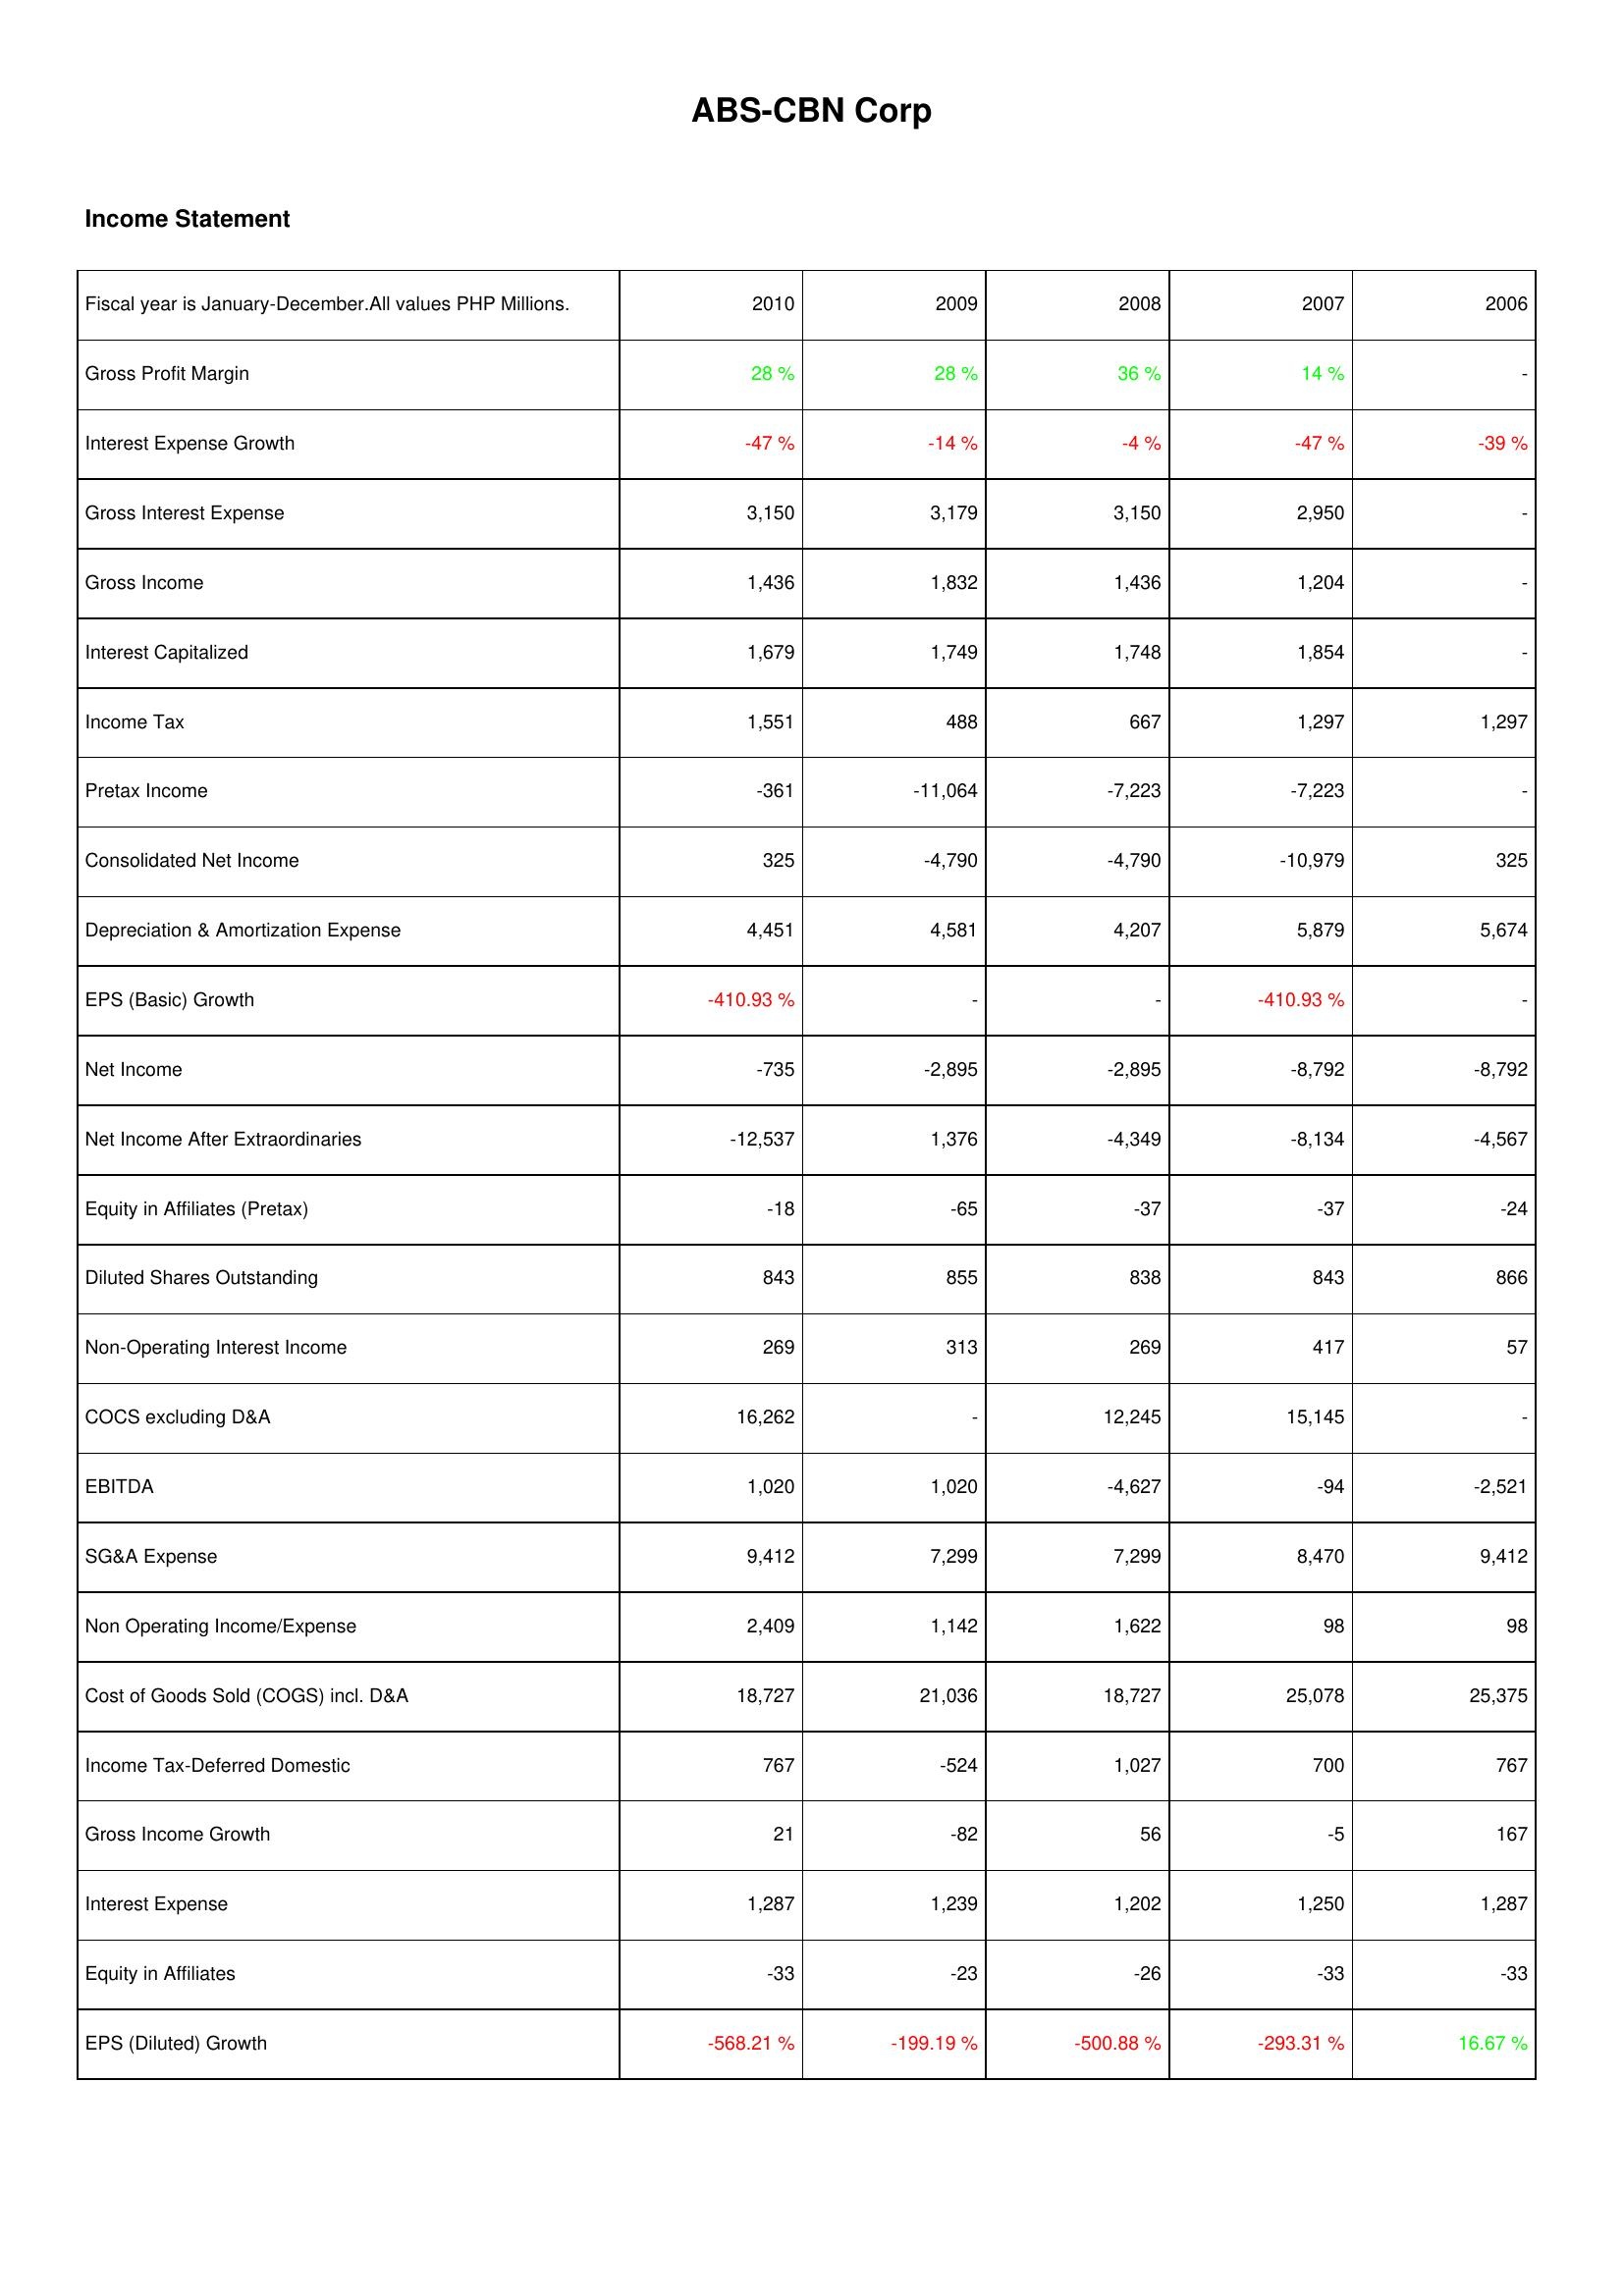
2010: Income Statement: Gross Profit Margin: 28 %
Interest Expense Growth: -47 %
Gross Interest Expense: 3,150
Gross Income: 1,436
Interest Capitalized: 1,679
Income Tax: 1,551
Pretax Income: -361
Consolidated Net Income: 325
Depreciation & Amortization Expense: 4,451
EPS (Basic) Growth: -410.93 %
Net Income: -735
Net Income After Extraordinaries: -12,537
Equity in Affiliates (Pretax): -18
Diluted Shares Outstanding: 843
Non-Operating Interest Income: 269
COCS excluding D&A: 16,262
EBITDA: 1,020
SG&A Expense: 9,412
Non Operating Income/Expense: 2,409
Cost of Goods Sold (COGS) incl. D&A: 18,727
Income Tax-Deferred Domestic: 767
Gross Income Growth: 21
Interest Expense: 1,287
Equity in Affiliates: -33
EPS (Diluted) Growth: -568.21 %
2009: Income Statement: Gross Profit Margin: 28 %
Interest Expense Growth: -14 %
Gross Interest Expense: 3,179
Gross Income: 1,832
Interest Capitalized: 1,749
Income Tax: 488
Pretax Income: -11,064
Consolidated Net Income: -4,790
Depreciation & Amortization Expense: 4,581
EPS (Basic) Growth: -
Net Income: -2,895
Net Income After Extraordinaries: 1,376
Equity in Affiliates (Pretax): -65
Diluted Shares Outstanding: 855
Non-Operating Interest Income: 313
COCS excluding D&A: -
EBITDA: 1,020
SG&A Expense: 7,299
Non Operating Income/Expense: 1,142
Cost of Goods Sold (COGS) incl. D&A: 21,036
Income Tax-Deferred Domestic: -524
Gross Income Growth: -82
Interest Expense: 1,239
Equity in Affiliates: -23
EPS (Diluted) Growth: -199.19 %
2008: Income Statement: Gross Profit Margin: 36 %
Interest Expense Growth: -4 %
Gross Interest Expense: 3,150
Gross Income: 1,436
Interest Capitalized: 1,748
Income Tax: 667
Pretax Income: -7,223
Consolidated Net Income: -4,790
Depreciation & Amortization Expense: 4,207
EPS (Basic) Growth: -
Net Income: -2,895
Net Income After Extraordinaries: -4,349
Equity in Affiliates (Pretax): -37
Diluted Shares Outstanding: 838
Non-Operating Interest Income: 269
COCS excluding D&A: 12,245
EBITDA: -4,627
SG&A Expense: 7,299
Non Operating Income/Expense: 1,622
Cost of Goods Sold (COGS) incl. D&A: 18,727
Income Tax-Deferred Domestic: 1,027
Gross Income Growth: 56
Interest Expense: 1,202
Equity in Affiliates: -26
EPS (Diluted) Growth: -500.88 %
2007: Income Statement: Gross Profit Margin: 14 %
Interest Expense Growth: -47 %
Gross Interest Expense: 2,950
Gross Income: 1,204
Interest Capitalized: 1,854
Income Tax: 1,297
Pretax Income: -7,223
Consolidated Net Income: -10,979
Depreciation & Amortization Expense: 5,879
EPS (Basic) Growth: -410.93 %
Net Income: -8,792
Net Income After Extraordinaries: -8,134
Equity in Affiliates (Pretax): -37
Diluted Shares Outstanding: 843
Non-Operating Interest Income: 417
COCS excluding D&A: 15,145
EBITDA: -94
SG&A Expense: 8,470
Non Operating Income/Expense: 98
Cost of Goods Sold (COGS) incl. D&A: 25,078
Income Tax-Deferred Domestic: 700
Gross Income Growth: -5
Interest Expense: 1,250
Equity in Affiliates: -33
EPS (Diluted) Growth: -293.31 %
2006: Income Statement: Gross Profit Margin: -
Interest Expense Growth: -39 %
Gross Interest Expense: -
Gross Income: -
Interest Capitalized: -
Income Tax: 1,297
Pretax Income: -
Consolidated Net Income: 325
Depreciation & Amortization Expense: 5,674
EPS (Basic) Growth: -
Net Income: -8,792
Net Income After Extraordinaries: -4,567
Equity in Affiliates (Pretax): -24
Diluted Shares Outstanding: 866
Non-Operating Interest Income: 57
COCS excluding D&A: -
EBITDA: -2,521
SG&A Expense: 9,412
Non Operating Income/Expense: 98
Cost of Goods Sold (COGS) incl. D&A: 25,375
Income Tax-Deferred Domestic: 767
Gross Income Growth: 167
Interest Expense: 1,287
Equity in Affiliates: -33
EPS (Diluted) Growth: 16.67 %